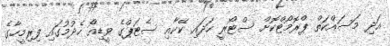
އަދި މަސައްކަތް ޕްރޮމޯޓްކޮށް ސްޓޯރީ ހަދައި ކޭކާއި ސެޓަޕްގެ ވީޑިއޯ ހެދުމުގައި ފިރިމީހާގެ